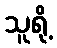
သူရို့